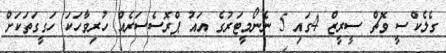
ގެލެކްސީ ވޮޗް ސީރީޒް 4ގައި 5 ނެނޯމީޓަރުގެ އައު ޕްރޮސެސަރެއް ހުރިވާހަކަ ހަގީގަތަކަށް